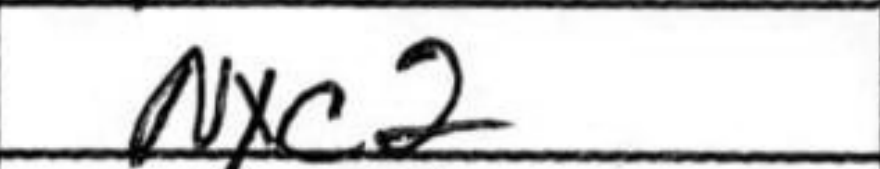
Transcription: Nxc2